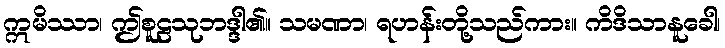
ဣမိဿာ၊ ဤစူဠသုဘဒ္ဒါ၏။ သမဏာ၊ ရဟန်းတို့သည်ကား။ ကိဒိသာနူခေါ၊